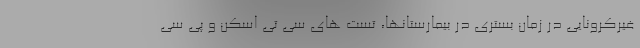
غیرکرونایی در زمان بستری در بیمارستانها، تست های سی تی اسکن و پی سی